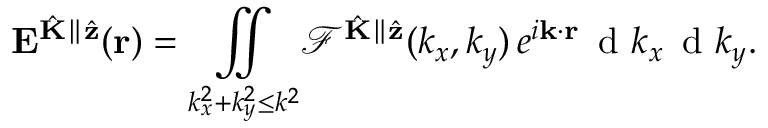
\mathbf { E } ^ { \hat { \mathbf { K } } \parallel \hat { \mathbf { z } } } ( \mathbf { r } ) = \underset { k _ { x } ^ { 2 } + k _ { y } ^ { 2 } \leq k ^ { 2 } } { \iint } \mathcal { F } ^ { \hat { \mathbf { K } } \parallel \hat { \mathbf { z } } } ( k _ { x } , k _ { y } ) \, e ^ { i \mathbf { k } \cdot \mathbf { r } } \, \mathrm { ~ d ~ } k _ { x } \, \mathrm { ~ d ~ } k _ { y } .